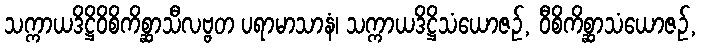
သက္ကာယဒိဋ္ဌိဝိစိကိစ္ဆာသီလဗ္ဗတ ပရာမာသာနံ၊ သက္ကာယဒိဋ္ဌိသံယောဇဉ်, ဝီစိကိစ္ဆာသံယောဇဉ်,